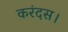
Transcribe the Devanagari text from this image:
करंदस।